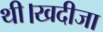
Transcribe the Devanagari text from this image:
थी।खदीजा